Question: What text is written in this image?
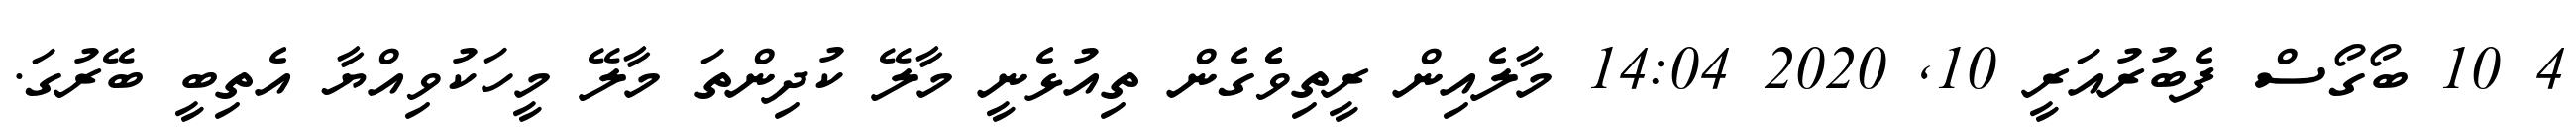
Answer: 4 10 ބޯގޯސް ފެބުރުއަރީ 10, 2020 14:04 މާލެއިން ރީތިވެެގެން ތިއުޅެނީ މާލޭ ކުދިންތަ މާލޭ މީހަކުވިއްޔާ އެތިބީ ބޭރުގަ.